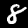
Digit: 8